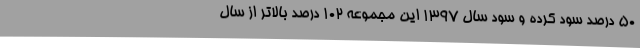
50 درصد سود کرده‌ و سود سال 1397 این مجموعه 102 درصد بالاتر از سال